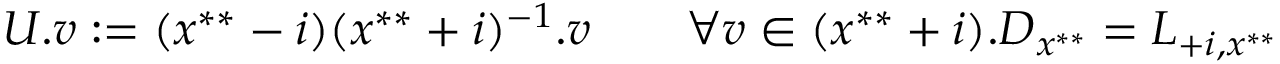
U . v : = ( x ^ { * * } - i ) ( x ^ { * * } + i ) ^ { - 1 } . v \qquad \forall v \in ( x ^ { * * } + i ) . D _ { x ^ { * * } } = L _ { + i , x ^ { * * } }